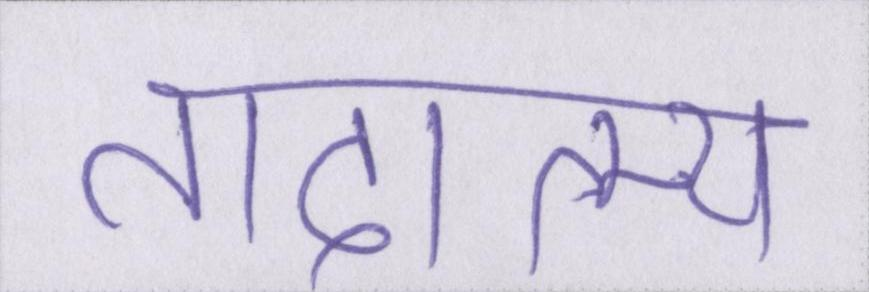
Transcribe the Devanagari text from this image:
तादात्म्य